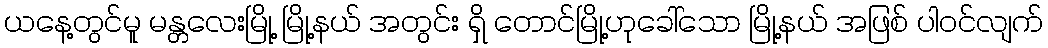
ယနေ့တွင်မူ မန္တလေးမြို့ မြို့နယ် အတွင်း ရှိ တောင်မြို့ဟုခေါ်သော မြို့နယ် အဖြစ် ပါဝင်လျက်